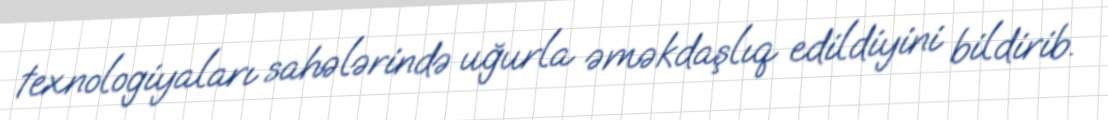
texnologiyaları sahələrində uğurla əməkdaşlıq edildiyini bildirib.